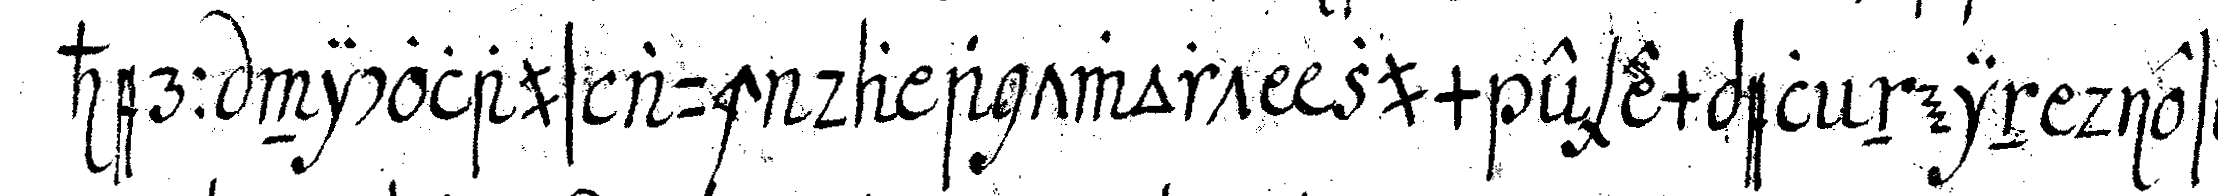
herr nicolaus auch da antwort zum exempel nein dieser